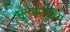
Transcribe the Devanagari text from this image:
मृत्यार्मुक्षीय